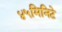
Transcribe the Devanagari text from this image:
४५मिनिटे